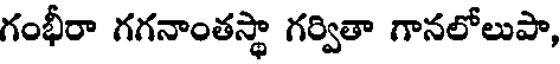
గంభీరా గగనాంతస్థా గర్వితా గానలోలుపా,